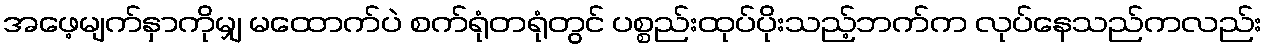
အဖေ့မျက်နှာကိုမျှ မထောက်ပဲ စက်ရုံတရုံတွင် ပစ္စည်းထုပ်ပိုးသည့်ဘက်က လုပ်နေသည်ကလည်း